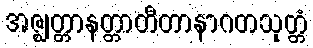
အဇ္ဈတ္တာနတ္တာတီတာနာဂတသုတ္တံ